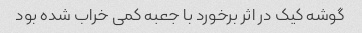
گوشه کیک در اثر برخورد با جعبه کمی خراب شده بود